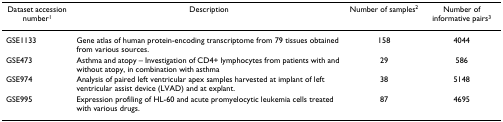
| Dataset accession number1 | Description | Number of samples2 | Number of informative pairs3 |
 | --- | --- | --- | --- |
 | GSE1133 | Gene atlas of human protein-encoding transcriptome from 79 tissues obtained from various sources. | 158 | 4044 |
 | GSE473 | Asthma and atopy – Investigation of CD4+ lymphocytes from patients with and without atopy, in combination with asthma | 29 | 586 |
 | GSE974 | Analysis of paired left ventricular apex samples harvested at implant of left ventricular assist device (LVAD) and at explant. | 38 | 5148 |
 | GSE995 | Expression profiling of HL-60 and acute promyelocytic leukemia cells treated with various drugs. | 87 | 4695 |